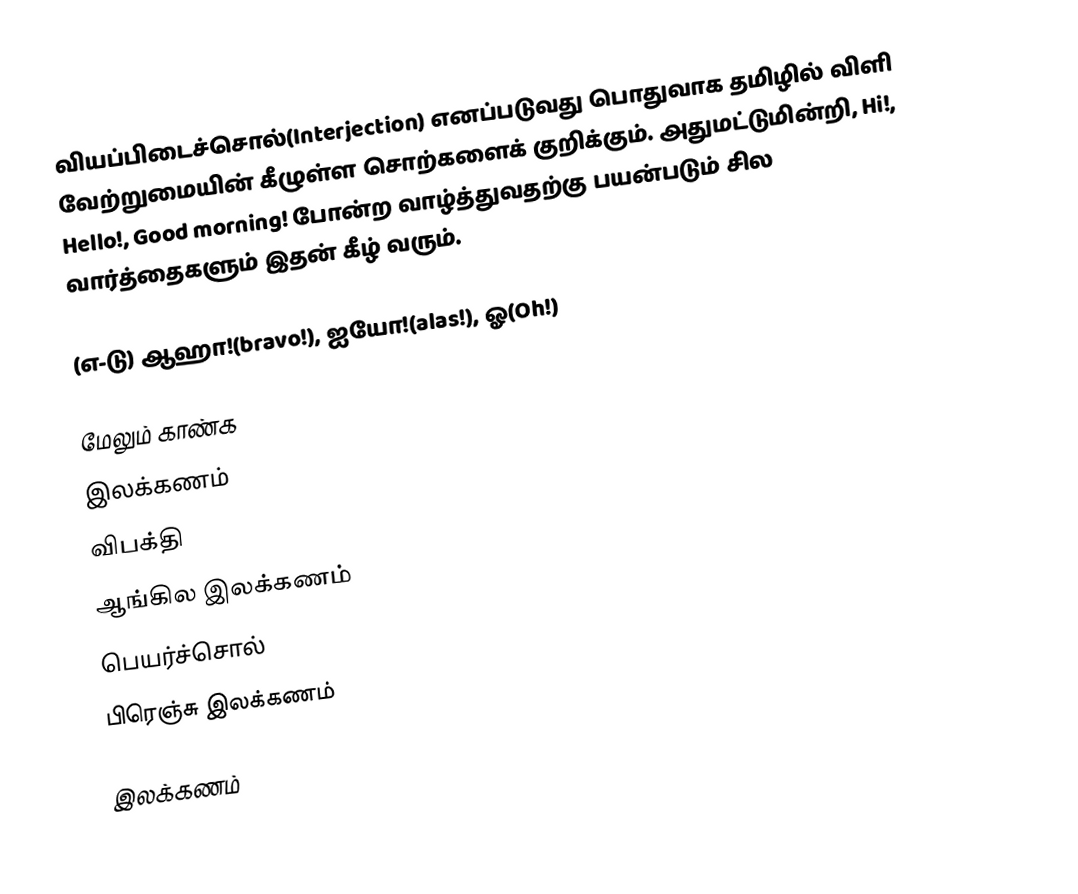
வியப்பிடைச்சொல்(Interjection) எனப்படுவது பொதுவாக தமிழில் விளி வேற்றுமையின் கீழுள்ள சொற்களைக் குறிக்கும். அதுமட்டுமின்றி, Hi!, Hello!, Good morning! போன்ற வாழ்த்துவதற்கு பயன்படும் சில வார்த்தைகளும் இதன் கீழ் வரும்.

(எ-டு) ஆஹா!(bravo!), ஐயோ!(alas!), ஓ(Oh!)

மேலும் காண்க
இலக்கணம்
விபக்தி
ஆங்கில இலக்கணம்
பெயர்ச்சொல்
பிரெஞ்சு இலக்கணம்

இலக்கணம்